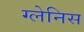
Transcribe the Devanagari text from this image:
ग्लेनिस